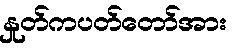
နှုတ်ကပတ်တော်အား